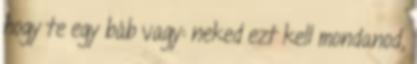
hogy te egy báb vagy: neked ezt kell mondanod,